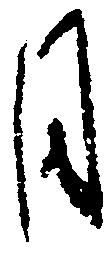
月